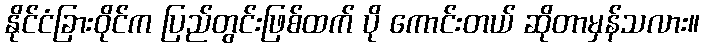
နိုင်ငံခြားဝိုင်က ပြည်တွင်းဖြစ်ထက် ပို ကောင်းတယ် ဆိုတာမှန်သလား။